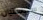
سيباستيان